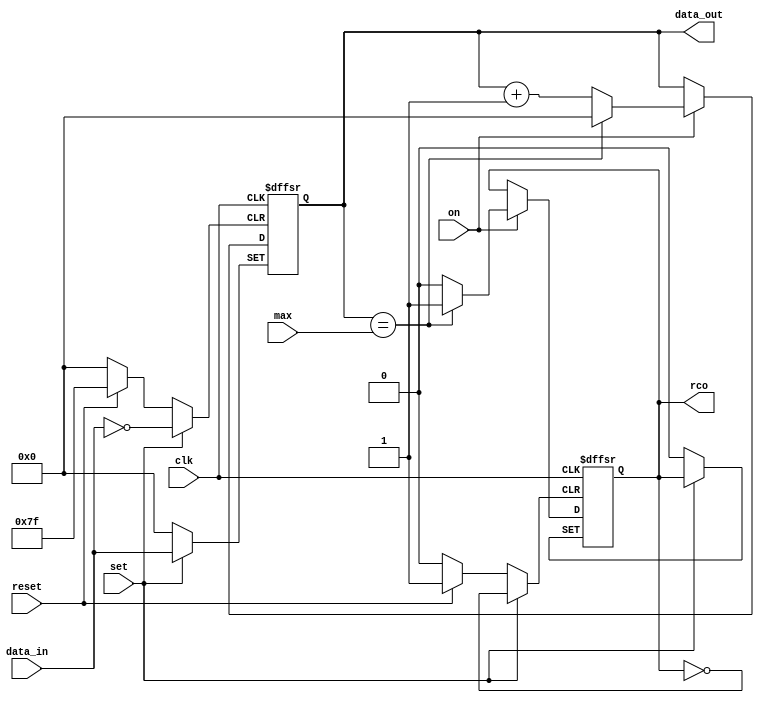
`timescale 1ns / 1ps
//////////////////////////////////////////////////////////////////////////////////
// Company: 
// Engineer: 
// 
// Design Name: 
// Module Name:    Counter 
// Project Name: 
// Target Devices: 
// Tool versions: 
// Description: 
//
// Dependencies: 
//
// Revision: 
// Revision 0.01 - File Created
// Additional Comments: 
//
//////////////////////////////////////////////////////////////////////////////////
module Counter(
	input on,
    input clk,
    input [6:0] max,
    input reset,
    input set,
    input [6:0] data_in,
    output [6:0] data_out,
    output reg rco
    );
	 reg [6:0] cnt=0;
		
		always @(posedge clk or posedge reset or posedge set) begin
			if (reset) begin
				rco <= 0;
				cnt <= 0;
			end
			else if (set) begin
				cnt <= data_in;
			end
			else begin
				if (on) begin
					rco <= 0;
					cnt <= cnt + 1;
					if (cnt == max) begin
						rco <= 1;
						cnt <= 0;
					end
				end
			end
		end
		assign data_out = cnt;
			

endmodule